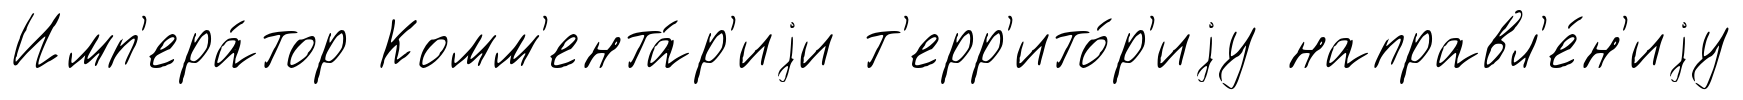
Имп'ера́тор Комм'ента́р'иjи т'ерр'ито́р'иjу направл'е́н'иjу